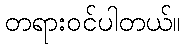
တရားဝင်ပါတယ်။